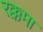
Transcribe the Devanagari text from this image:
रक्कमा